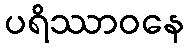
ပရိဿာဝနေ